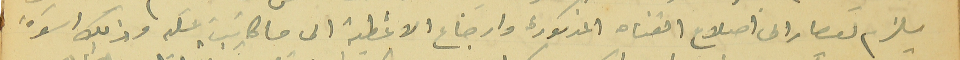
يلزم ليصار الى اصلاح القناه المذكورة وارجاع الاغطية الى ما كانت عليه وذلك اسَوة